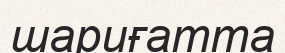
шариғатта